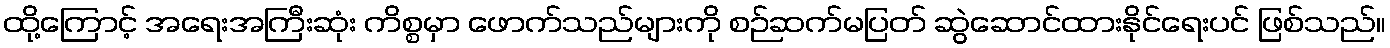
ထို့ကြောင့် အရေးအကြီးဆုံး ကိစ္စမှာ ဖောက်သည်များကို စဉ်ဆက်မပြတ် ဆွဲဆောင်ထားနိုင်ရေးပင် ဖြစ်သည်။